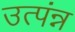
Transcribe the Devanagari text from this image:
उत्पंन्न